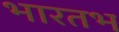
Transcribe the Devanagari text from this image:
भारतभ